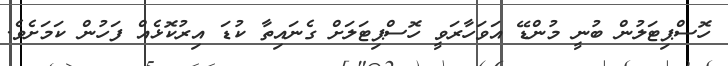
ހޮސްޕިޓަލުން ބުނީ މުންޑޭ އަވަހާރަވީ ހޮސްޕިޓަލަށް ގެނައިތާ ކުޑަ އިރުކޮޅެއް ފަހުން ކަމަށެވެ.